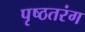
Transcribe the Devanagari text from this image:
पृष्ठतरंग